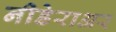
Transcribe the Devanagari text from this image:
नीडेराअर